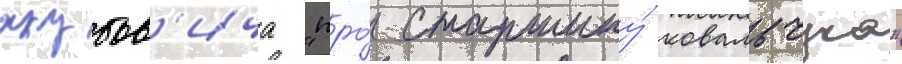
якубов'ича "про́ старшину́ ковальчука"